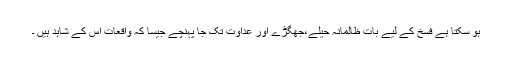
ہو سکتا ہے فسخ کے لیے بات ظالمانہ حیلے،جھگڑے اور عداوت تک جا پہنچے جیسا کہ واقعات اس کے شاہد ہیں ۔